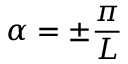
\alpha = \pm \frac { \pi } { L }